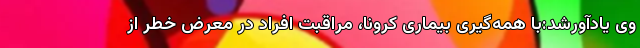
وی یادآورشد:با همه‌گیری بیماری کرونا، مراقبت افراد در معرض خطر از